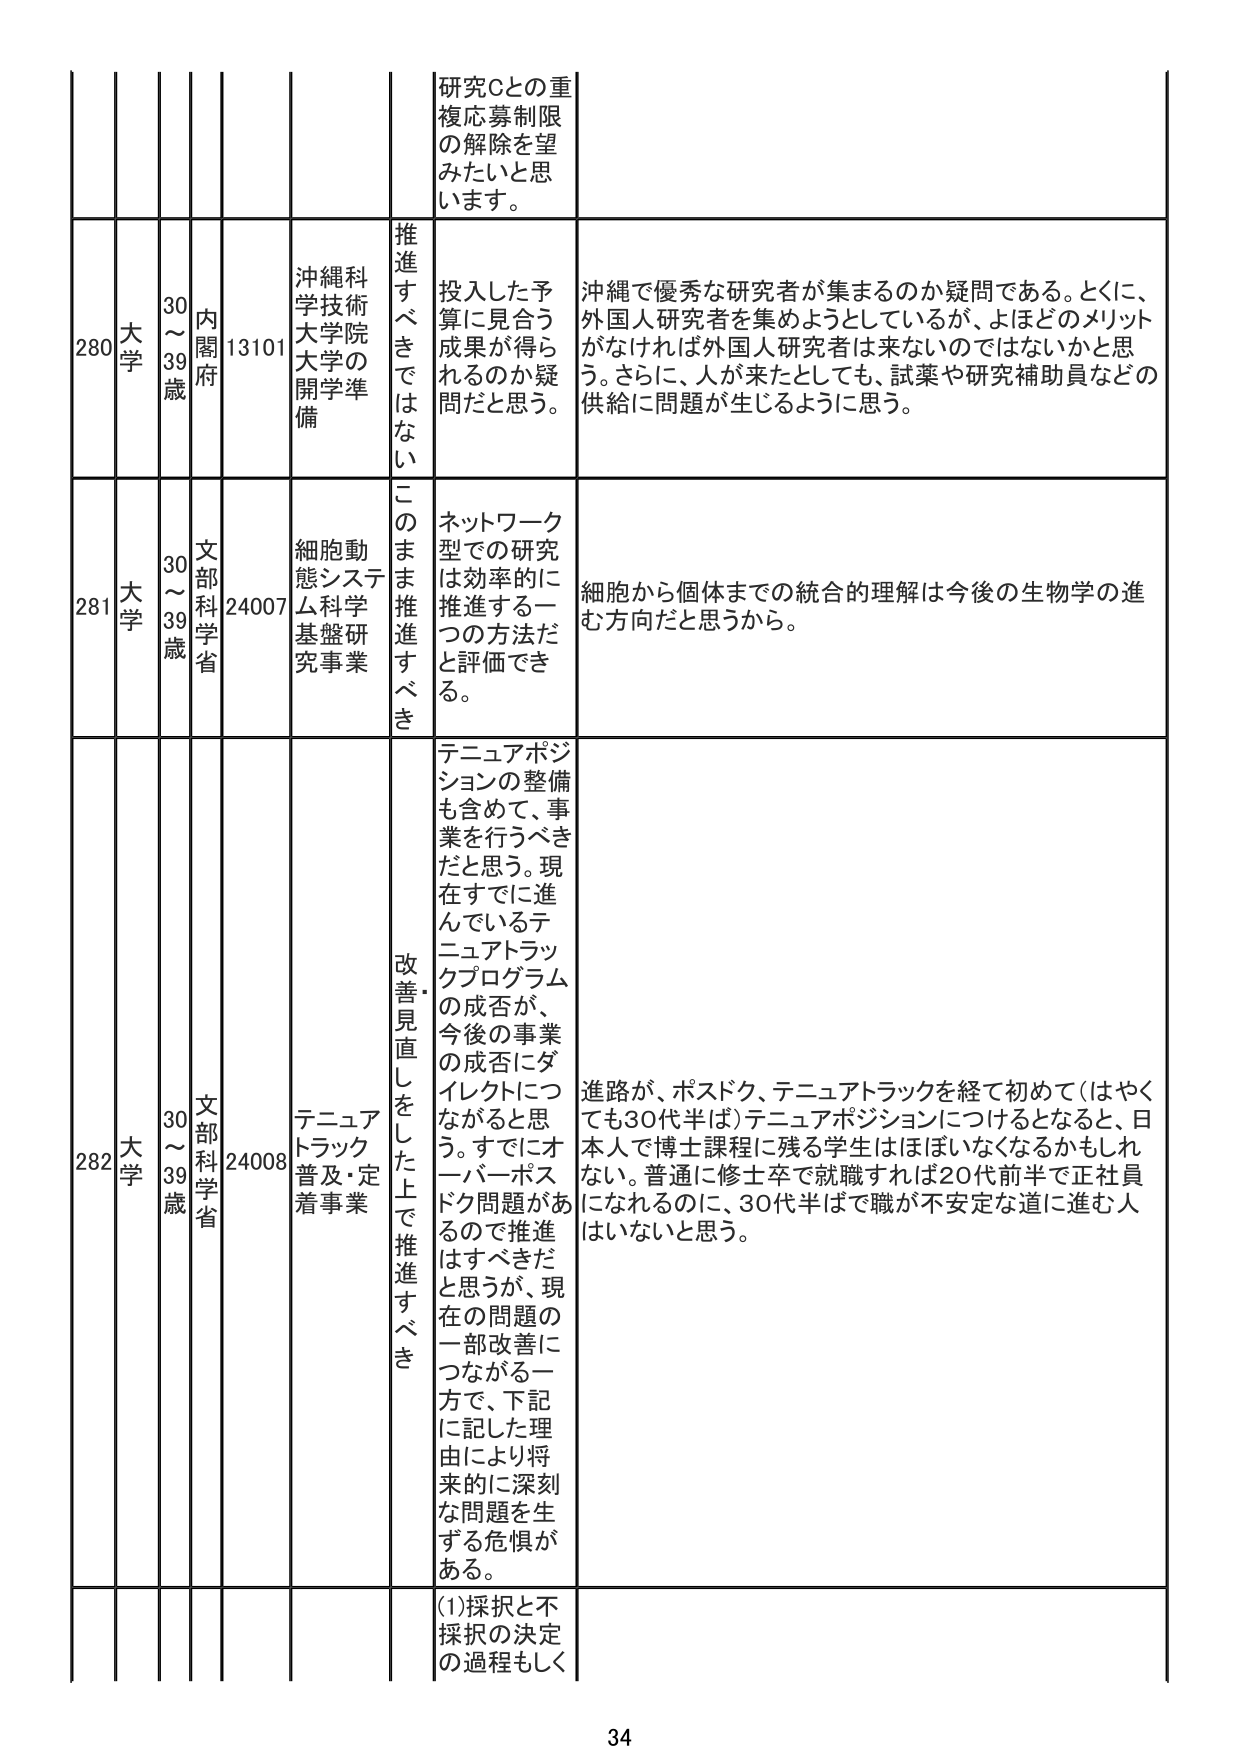
研究Cとの重複応募制限の解除を望みたいと思います。

280 大学 30～39歳 内閣府 13101 沖縄科学技術大学院大学の開学準備 推進すべきではない 投入した予算に見合う成果が得られるのか疑問だと思う。 沖縄で優秀な研究者が集まるのか疑問である。とくに、外国人研究者を集めようとしているが、よほどのメリットがなければ外国人研究者は来ないのではないかと思う。さらに、人が来たとしても、試薬や研究補助員などの供給に問題が生じるように思う。

281 大学 30～39歳 文部科学省 24007 細胞動態システム科学基盤研究事業 このまま推進すべき ネットワーク型での研究は効率的に推進する一つの方法だと評価できる。 細胞から個体までの統合的理解は今後の生物学の進む方向だと思うから。

282 大学 30～39歳 文部科学省 24008 テニュアトラック普及・定着事業 改善・見直しをした上で推進すべき テニュアポジションの整備も含めて、事業を行うべきだと思う。現在すでに進んでいるテニュアトラックプログラムの成否が、今後の事業の成否にダイレクトにつながると思う。すでにオーバーポスドク問題があるので推進はすべきだと思うが、現在の問題の一部改善につながる一方で、下記に記した理由により将来的に深刻な問題を生ずる危惧がある。 進路が、ポスドク、テニュアトラックを経て初めて（はやくても30代半ば）テニュアポジションにつけるとなると、日本人で博士課程に残る学生はほぼいなくなるかもしれない。普通に修士卒で就職すれば20代前半で正社員になれるのに、30代半ばで職が不安定な道に進む人はいないと思う。

(1)採択と不採択の決定の過程もしく

34